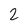
Character: 2